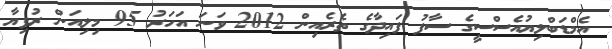
އެމްޑަބްލިޔުއެސްސީގެ ސާފު ފައިދާގެ ތެރެއިން 2012 ވަނަ އަހަރު 95 މިލިއަން ރުފިޔާ